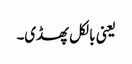
یعنی بالکل پھسڈی۔